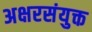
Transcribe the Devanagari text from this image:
अक्षरसंयुक्त